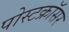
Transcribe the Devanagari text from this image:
पोस्टक्रॉसर